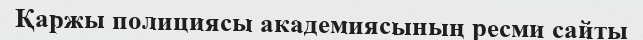
Қаржы полициясы академиясының ресми сайты